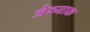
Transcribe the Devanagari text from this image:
त्रेच्याक